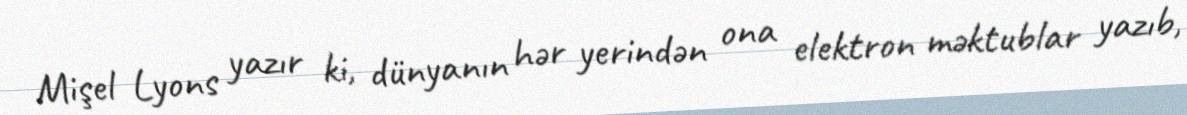
Mişel Lyons yazır ki, dünyanın hər yerindən ona elektron məktublar yazıb,